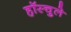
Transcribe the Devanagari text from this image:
हॉस्चुले